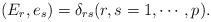
LaTeX: \begin{align*} (E_r, e_s)=\delta_{rs} (r, s=1,\cdots, p). \end{align*}